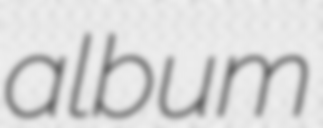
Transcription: album